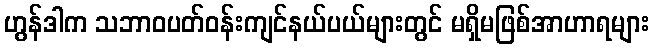
ဟွန်ဒါက သဘာဝပတ်ဝန်းကျင်နယ်ပယ်များတွင် မရှိမဖြစ်အာဟာရများ